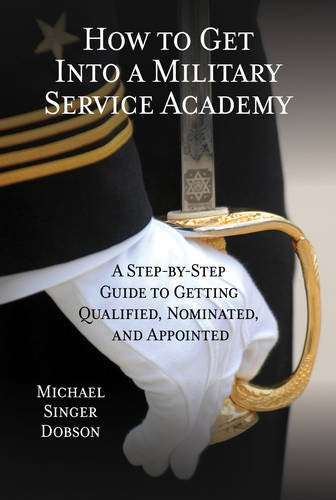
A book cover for How to Get Into a Military Service Academy: A Step-by-Step Guide to Getting Qualified, Nominated, and Appointed; Michael Singer Dobson; Business & Money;